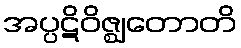
အပ္ပဋိဝိဇ္ဈတောတိ